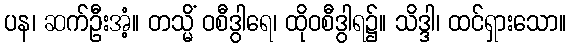
ပန၊ ဆက်ဦးအံ့။ တသ္မိံ ဝစီဒွါရေ၊ ထိုဝစီဒွါရ၌။ သိဒ္ဒါ၊ ထင်ရှားသော။